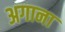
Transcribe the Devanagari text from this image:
अगाना